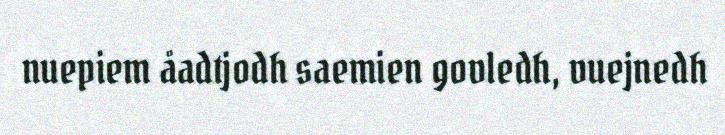
nuepiem åadtjodh saemien govledh, vuejnedh